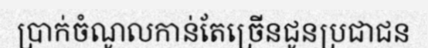
ប្រាក់ចំណូលកាន់តែច្រើនជូនប្រជាជន